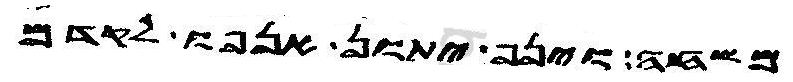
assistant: משחה וינף יתון אנפו לקדם